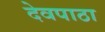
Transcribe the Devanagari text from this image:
देवपाठा